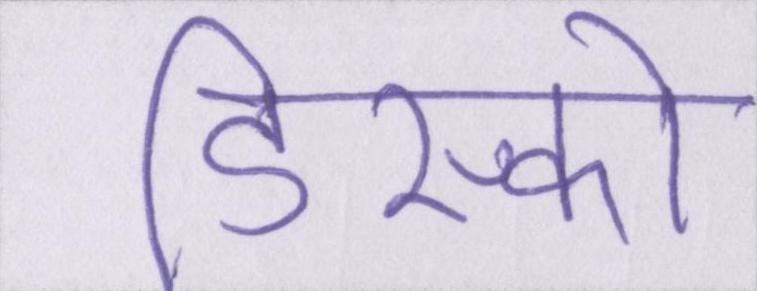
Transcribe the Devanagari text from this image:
डिस्को